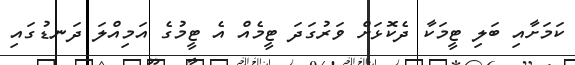
ކަމަށާއި ބަލި ޓީމަކާ ދެކޮޅަށް ވަރުގަދަ ޓީމެއް އެ ޓީމުގެ އަމިއްލަ ދަނޑުގައި